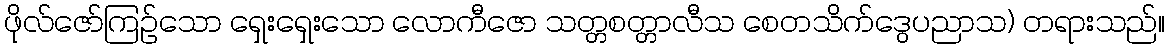
ဖိုလ်ဇော်ကြဉ်သော ရှေးရှေးသော လောကီဇော သတ္တစတ္တာလီသ စေတသိက်ဒွေပညာသ) တရားသည်။